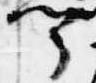
聞